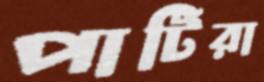
পার্টিরা